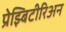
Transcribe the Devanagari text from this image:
प्रेझ्बिटीरिअन